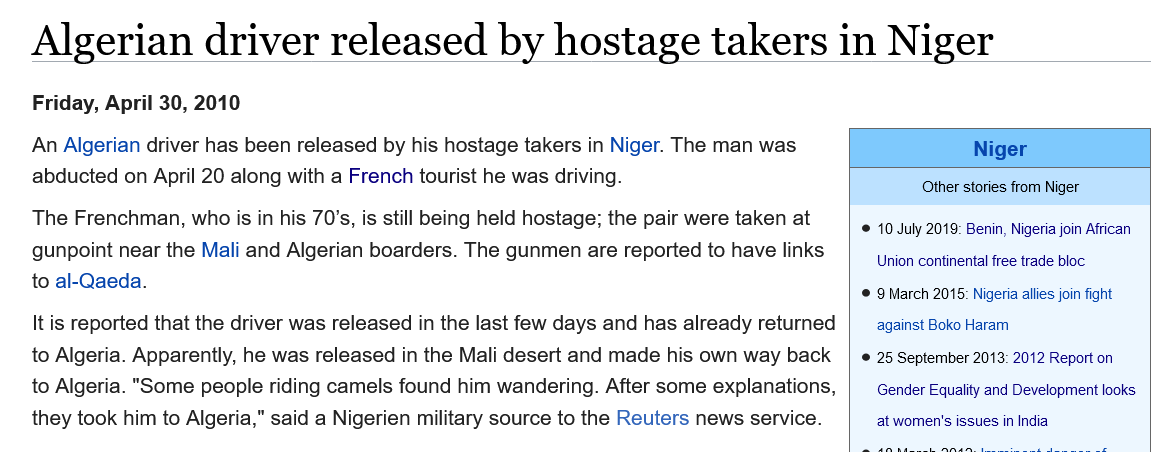
Algerian    driver    released    by   hostage    takers    in   Niger
   The  Frenchman, who is in his 70's, is still being held hostage; the pair were taken at
    gunpoint near the Mali and Algerian boarders. The gunmen are reported to have links
   to al-Qaeda.
   An Algerian driver has been released by his hostage takers in Niger. The man was
    abducted on April 20 along with a French tourist he was driving.
    Friday, April 30, 2010
    It is reported that the driver was released in the last few days and has already returned
   to Algeria. Apparently, he was released in the Mali desert and made his own way back
   to Algeria. "Some people riding camels found him wandering. After some explanations,
   they took him to Algeria," said a Nigerien military source to the Reuters news service.
     Niger
     Other stories from Niger
     © 10 July 2019: Benin, Nigeria join African
     Union continental free trade bloc
     © 9 March 2015: Nigeria allies join fight
     against Boko Haram
     © 25 September 2013: 2012 Report on
     Gender Equality and Development looks
     at women's issues in India